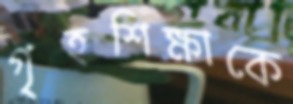
গৃহশিক্ষাকে